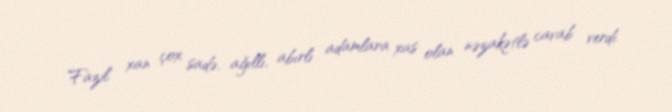
Fazil xan çox sadə, ağıllı, abırlı adamlara xas olan nəzakətlə cavab verdi.